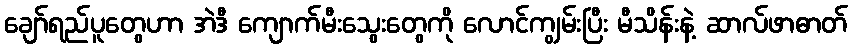
ချော်ရည်ပူတွေဟာ အဲဒီ ကျောက်မီးသွေးတွေကို လောင်ကျွမ်းပြီး မီသိန်းနဲ့ ဆာလ်ဖာဓာတ်